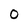
Character: 0